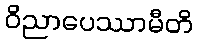
ဝိညာပေဿာမီတိ